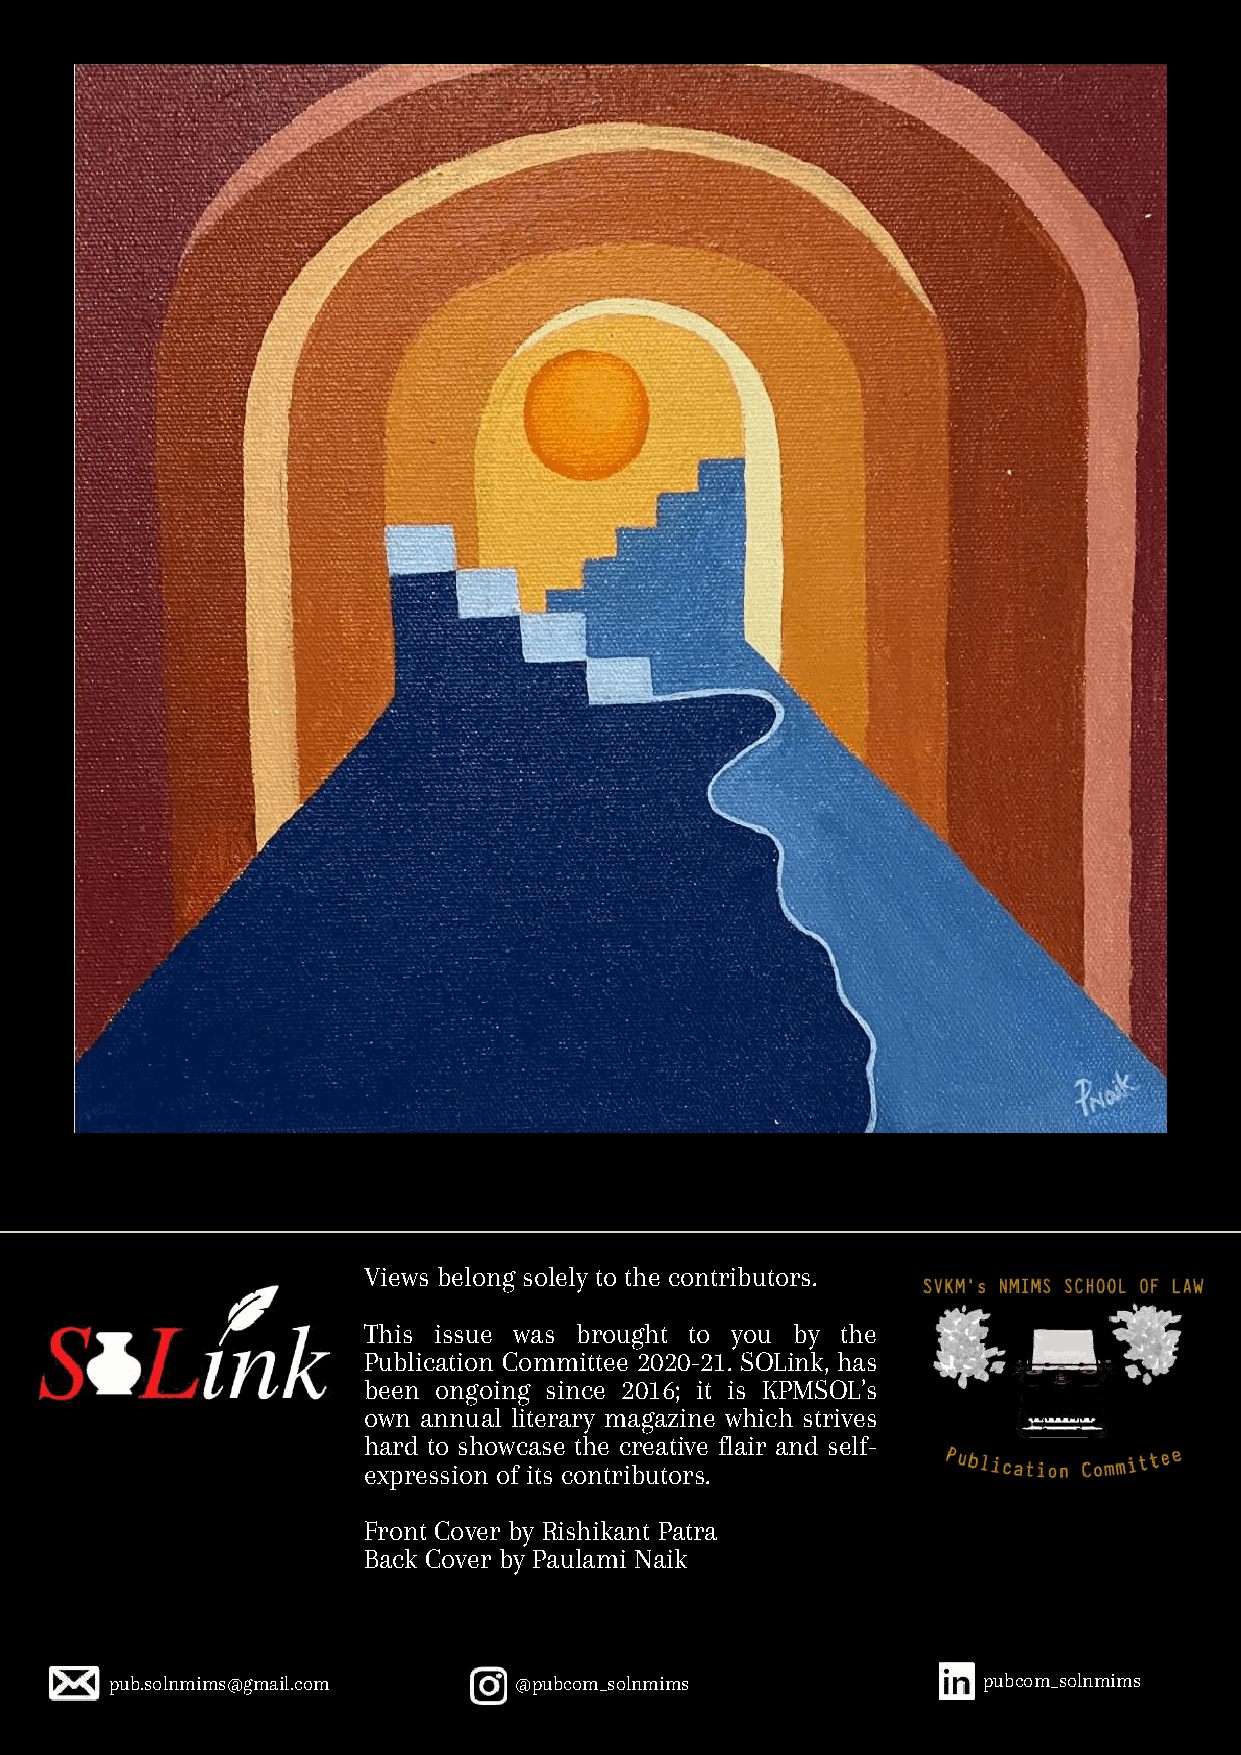
Views belong solely to the contributors.
 This issue was brought to you by the
 Publication Committee 2020-21. SOLink, has
 been ongoing since 2016; it is KPMSOL’s
 own annual literary magazine which strives
 hard to showcase the creative flair and self-
 expression of its contributors.
 Front Cover by Rishikant Patra
 Back Cover by Paulami Naik
 pub.solnmims@gmail.com     @pubcom_solnmims               pubcom_solnmims